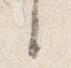
言